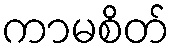
ကာမစိတ်